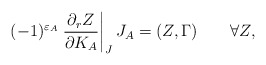
\begin{align*}(-1)^{\varepsilon_A}\left.{\partial_r Z\over \partial K_A}\right|_J J_A=(Z,\Gamma)\quad\quad\forall Z,\end{align*}